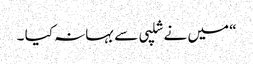
“ میں نے شلپی سے بہانہ کیا ۔